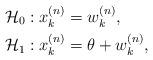
LaTeX: \begin{align*} {{\cal H}_0}: & \; x_{k}^{(n)} = w_{k}^{(n)}, \\{} {{\cal H}_1}: & \; x_{k}^{(n)} = \theta + w_{k}^{(n)},\end{align*}